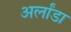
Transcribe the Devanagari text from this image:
अर्लांडा